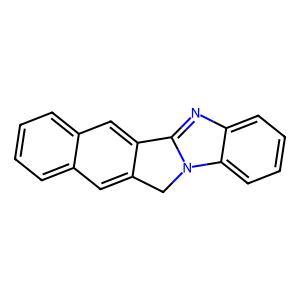
SMILES: c1ccc2cc3c(cc2c1)Cn1c-3nc2ccccc21
Inhibits HIV replication: No